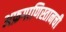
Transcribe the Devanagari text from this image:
अफ़गाणिस्तानची